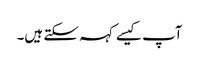
آپ کیسے کہہ سکتے ہیں۔